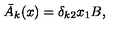
{ \bar { A } } _ { k } ( x ) = \delta _ { k 2 } x _ { 1 } B ,